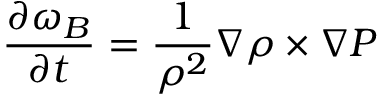
\frac { \partial \omega _ { B } } { \partial t } = \frac { 1 } { \rho ^ { 2 } } \nabla \rho \times \nabla P